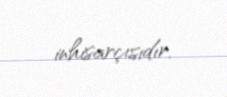
inhisarçısıdır.